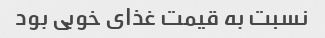
نسبت به قیمت غذای خوبی بود